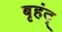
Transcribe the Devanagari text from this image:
बृहंद्